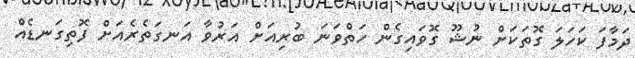
ދަމާފަ ކަހަލަ ގޮތަކަށް ނުޝޫ ގޮވައިގެން ހަތްވަނަ ބުރިއަށް އަރުވާ އަނގަތެރެއަށް ފޮތިގަނޑެއް